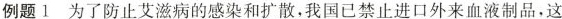
例题1 为了防止艾滋病的感染和扩散，我国已禁止进口外来血液制品，这